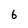
Character: 6